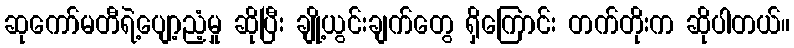
ဆုကော်မတီရဲ့ပျော့ညံ့မှု ဆိုပြီး ချို့ယွင်းချက်တွေ ရှိကြောင်း တက်တိုးက ဆိုပါတယ်။